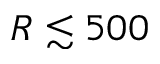
R \lesssim 5 0 0